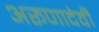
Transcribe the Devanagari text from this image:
अरूणादेवी